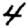
Digit: 4